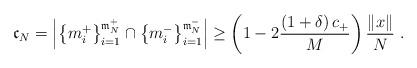
LaTeX: \begin{align*}\mathfrak{c}_{N}=\left\vert \left\{ m_{i}^{+}\right\} _{i=1}^{\mathfrak{m}_{N}^{+}}\cap\left\{ m_{i}^{-}\right\} _{i=1}^{\mathfrak{m}_{N}^{-}}\right\vert \geq\left( 1-2\frac{\left( 1+\delta\right) c_{+}}{M}\right)\frac{\left\Vert x\right\Vert }{N}\ .\end{align*}